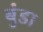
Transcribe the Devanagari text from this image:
बुंडा